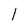
Character: l